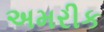
અમરીક